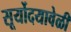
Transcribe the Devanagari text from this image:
सूर्योदयावेळी